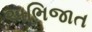
અભિજાત